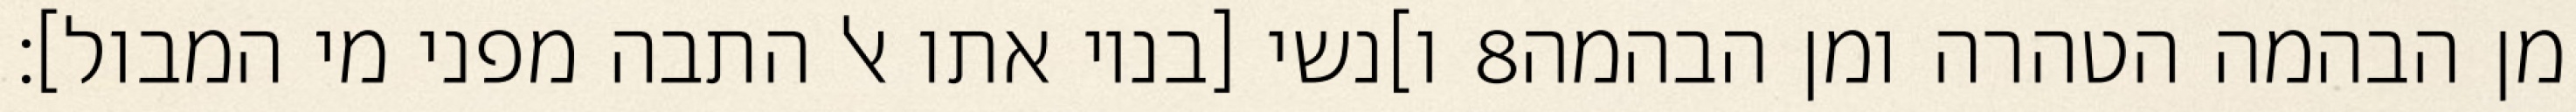
ו]נשי [בניו אתו אל התבה מפני מי המבול]׃ ‎8‏ מן הבהמה הטהרה ומן הבהמה